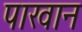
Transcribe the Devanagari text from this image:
पाखान